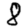
Digit: 8